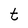
Character: t